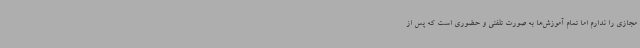
مجازی را ندارم اما تمام آموزش‌ها به صورت تلفنی و حضوری است که پس از